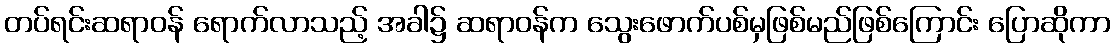
တပ်ရင်းဆရာဝန် ရောက်လာသည့် အခါ၌ ဆရာဝန်က သွေးဖောက်ပစ်မှဖြစ်မည်ဖြစ်ကြောင်း ပြောဆိုကာ